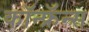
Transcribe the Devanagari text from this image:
कॉन्फ्रॅन्स